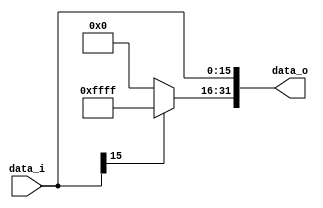
//Subject:     CO project 2 - Sign extend
//--------------------------------------------------------------------------------
//Version:     1
//--------------------------------------------------------------------------------
//Writer:      Ling Yin-Tao
//----------------------------------------------
//Date:        5/2
//----------------------------------------------
//Description: 0516320
//--------------------------------------------------------------------------------

module Sign_Extend(
    data_i,
    data_o
    );
               
//I/O ports
input   [16-1:0] data_i;
output  [32-1:0] data_o;

//Internal Signals
reg     [32-1:0] data_o;

//Sign extended

always @(*)begin
    data_o[32-1:16] = (data_i[16-1] == 1'b1) ? 16'b1111_1111_1111_1111:16'b0;
    data_o[16-1: 0] = data_i[16-1:0];
end         
		  
endmodule